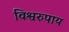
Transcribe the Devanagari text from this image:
विश्वरुपाय